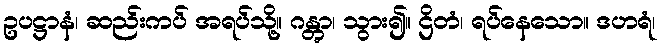
ဥပဋ္ဌာနံ၊ ဆည်းကပ် အရပ်သို့။ ဂန္တွာ၊ သွား၍။ ဌိတံ၊ ရပ်နေသော။ ဒဟရံ၊